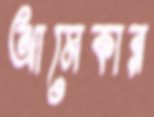
আমেকার